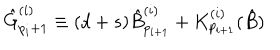
LaTeX: { \hat { G } } _ { p _ { i } + 1 } ^ { ( i ) } \equiv ( d + s ) { \hat { B } } _ { p _ { i + 1 } } ^ { ( i ) } + { K } _ { p _ { i + 1 } } ^ { ( i ) } ( \hat { B } )